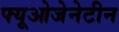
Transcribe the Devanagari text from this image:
फ्यूओजेनेटीन